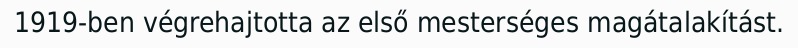
1919-ben végrehajtotta az első mesterséges magátalakítást.